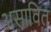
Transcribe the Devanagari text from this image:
असावित